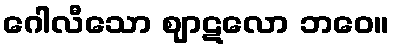
ဂေါလီသော ဈာဋလော ဘဝေ။